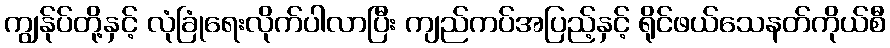
ကျွန်ုပ်တို့နှင့် လုံခြုံရေးလိုက်ပါလာပြီး ကျည်ကပ်အပြည့်နှင့် ရိုင်ဖယ်သေနတ်ကိုယ်စီ